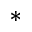
^ { \ast }